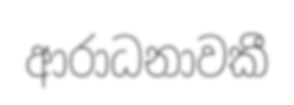
ආරාධනාවකී